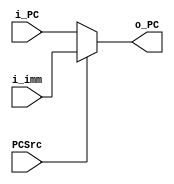
module wbmux (
    input [31:0] i_PC, i_imm,
    input PCSrc,
    output [31:0] o_PC
);
    assign o_PC = PCSrc? i_imm : i_PC;
endmodule